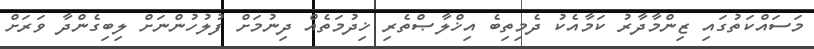
މަސައްކަތުގައި ޒިންމާދާރު ކަމާއެކު ދެމިތިބެ އިޚްލާޞްތެރި ޚިދުމަތެއް ދިނުމަށް ފުލުހުންނަށް ލިބިގެންދާ ވަރަށް